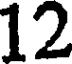
12